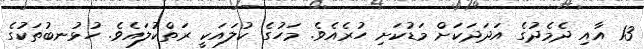
13 އާއި ދެމެދުގެ އަދަދަކަށް މަޑުކަށި ހުރެއެވެ. މަހުގެ ކުލައަކީ ރަތްކުލައެވެ. ހުޅުނބުތަކުގެ